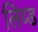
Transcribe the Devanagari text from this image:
लिव्ड